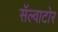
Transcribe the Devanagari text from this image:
सॅल्वाटोर